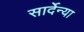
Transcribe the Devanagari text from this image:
सार्देन्या